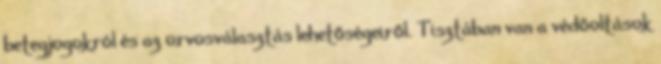
betegjogokról és az orvosválasztás lehetőségeiről. Tisztában van a védőoltások